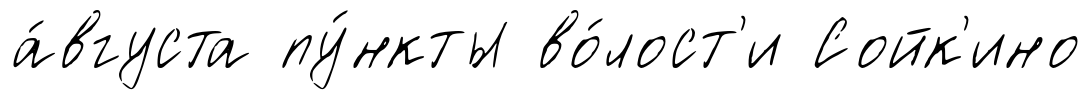
а́вгуста пу́нкты во́лост'и Сойк'ино